Annual report of the Civil Veterinary Department, Bengal, and of the Bengal Veterinary College for the year 1904-1905 - 1904-1905
Year: 1904
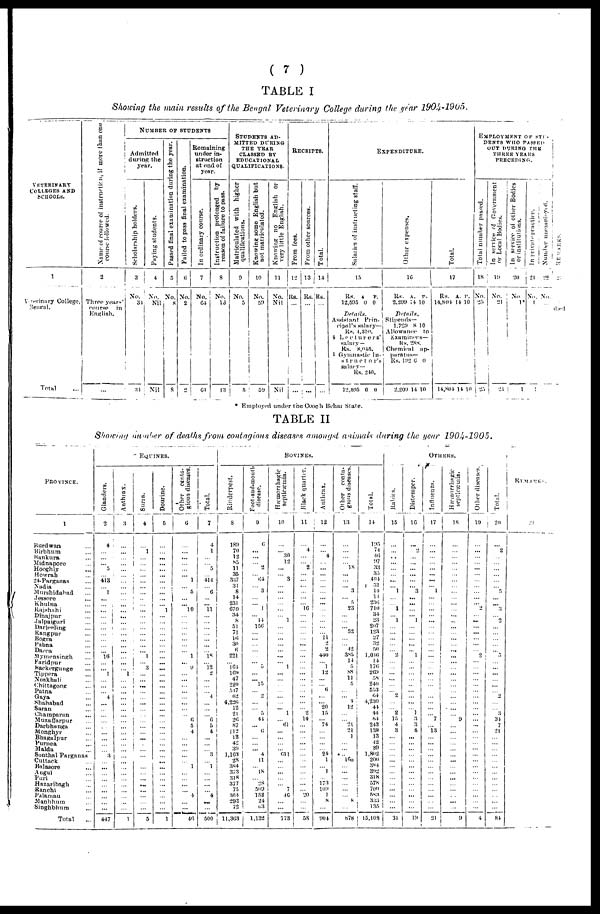
(
7
)
TABLE
I
Showing
the main results
of the Bengal
Veterinary
College
during the year 1904-1905.
VETERINARY
COLLEGES AND
SCHOOLS.
1
Veterinary College,
Sengal.
Total ...
Name of course of instruction,
if more than one
course followed.
2
Three years'
course in
English.
...
NUMBER OF STUDENTS
Admitted
during the
year.
Scholarship holders.
3
No.
34
34
Paying students.
4
No.
Nil
Nil
Passed final examination during the year.
5
No
8
8
Failed to pass final examination.
6
No,
2
2
Remaining
under in-
struction
at end of
year.
In ordinary course.
7
No.
64
64
Instruction prolonged by
reason of failure to pass.
8
No.
13
13
STUDENTS ADMITTED DURING
THE YEAR
CLASSED BY
EDUCATIONAL
QUALIFICATIONS.
Matriculated with higher
qualifications.
0
No.
5
5
Knowing some English but
not matriculated.
10
No.
59
59
Knowing no English or
very little English.
11
No.
Nil
Nil
RECEIPTS.
From fees.
12
Rs.
...
...
From other sources.
13
Rs.
...
...
Total.
14
Rs.
...
...
EXPENDITURE.
Salaries of instructing staff.
15
RS. A. P.
12,595 0 0
Details.
Assistant Prin-
cipal's salary—
Rs. 4,310.
4 Lecturers'
salary—
Rs. 8,045.
1 Gynmastic In-
structor's
salary—
Rs. 240.
12,595 0 0
Other expenses.
1G
RS. A. P.
2,209 14 10
Details.
Stipends—
1,729 8 10
Allowance to
Examiners—
Rs. 288.
Chemical ap-
paratus—
Rs. 192 6 0
2,209 14 10
Total.
17
RS. A. P.
14,804 14 10
14,804 14 10
EMPLOYMENT OF STU-
DENTS WHO PASSED
OUT DURING TUB
THREE YEARS
PRECEDING.
Total number passed.
18
No.
25
25
In service of Government
or Local Bodies.
19
No.
21
21
In service of other Bodies
or institutions.
20
No
1*
1
In private practice.
21
No.
1
1
Number unemployed.
22
No
...
REMARKS.
23
died
* Employed under the Cooch Behar State.
TABLE
II
Showing
number
of deaths from
contagious
diseases
amongst
animals
daring
the
year
1904-1905.
PROVINCE.
1
Burdwan ...
Birbhum ...
Bankura ...
Midnapore ...
Hooghly
...
Howrah ...
24-Parganas ...
Nadia ...
Murshidabad ...
Jessore ...
Khulna ...
Rajshahi ...
Dinajpur ...
Jalpaiguri ...
Darjeeling ...
Rangpur ...
Bogra ...
Pabna ...
Dacca ...
Mymensingh ...
Faridpur ...
Backergunge ...
Tippera ...
Noakhali ...
Chittagong ...
Patna ...
Gaya ...
Shahabad ...
Saran ...
Champaran ...
Muzaffarpur ...
Darbhanga ...
Monghyr ...
Bhagalpur ...
Purnea ...
Malda ...
Sonthal Parganas
Cuttack ...
Balasore ...
Angul ...
Puri ...
Hazaribagh ...
Ranchi ...
Palamau ...
Manbhum ...
Singhbhum ...
Total ...
EQU
INES.
Glanders.
2
4
...
...
... 5
... 413
... 1
...
... ...
...
...
...
...
...
...
... 16
...
... 1
...
...
... 4
...
...
...
...
...
...
...
...
... 3
...
...
...
...
...
...
...
...
...
447
Anthrax.
3
...
...
...
...
...
...
...
...
...
...
... ...
...
...
...
...
...
...
...
...
... 1
...
...
...
...
...
...
...
... ...
...
...
...
... ...
...
...
...
...
...
...
...
...
...
1
Surra.
4
...
1
... ...
...
...
... ...
...
...
...
...
...
...
...
...
...
...
... 1
... 3
... ...
...
...
... ...
...
...
... ...
...
... .
...
...
...
...
...
... ...
...
...
...
...
5
Dourine.
5
...
...
...
...
...
...
...
...
...
...
... 1
...
...
...
...
...
...
...
...
...
...
...
...
...
... ...
...
...
...
...
...
...
...
...
...
...
...
...
...
...
...
...
...
...
...
1
Other centa-
gious diseases.
6
...
... ...
...
...
... 1
... 5
...
... 10
...
...
...
...
...
...
... 1
... 9
...
...
...
... ...
...
...
... 6
5
4
...
...
...
...
... 1
...
...
...
... 4
...
...
46
Total.
7
4
1
...
... 5
... 414
... 6
...
... 11
...
...
...
...
...
...
... 18
... 12
2
...
...
... 4
...
...
... 6
5
4
...
...
... 3
... 1
...
...
...
... 4
...
...
500
BOVINES.
Rinderpest.
8
180
70
12
85
11
35
337
31
8
14
231
070
34
8
51
71
16
30
6
221
... 164
169
47
220
547
62
4,220
12
21
20
87
112
12
42
39
1,163
28
384
373
318
377
75
364
293
72
11,363
Foot-and-mouth
disease.
9
6
...
...
... 2
... 64
... 3
...
... 1
... 14
150
...
...
...
...
...
... 5
...
... 15
... 2
...
... 5
44
... 0
...
...
... 4
11
... 18
... 28
509
152
24
63
1,132
Hæmorrhagic
septicæmia.
10
...
... 30
12
...
... 3
...
...
...
...
...
... 1
...
...
...
...
... ...
... 1
...
...
...
... ...
...
... 1
... 61
...
...
...
... 611
...
...
...
...
... 7
46
...
...
773
Black quarter.
11
...
4
...
... 2
...
...
...
...
...
... 16
...
...
...
...
... ...
...
...
...
...
...
...
...
...
...
...
... 2
14
...
...
...
...
...
...
...
...
...
...
...
... 20
...
...
58
Anthrax.
12
...
... 4
...
... ...
...
...
...
...
...
...
...
...
...
... 11
... 2
440
... 1
12
...
...
6
...
... 20
15
... 74
...
...
...
... 24
1
... 1
... 173
109
1
8
...
904
Other conta-
gious diseases.
13
...
...
...
... 18
...
...
... 3
... 5
23
...
...
...
...
...
... 42
385
14
5
88
11
...
... ...
4
12
...
... 21
21
1
...
... ..
160
...
...
...
... ...
...
8
...
878
OTHERS.
Total.
14
195
74
46
97
33
35
404
31
14
14
230
710
34
23
207
123
27
32
50
1,046
14
176
269
58
240
553
04
4,230
44
44
84
243
139
13
42
39
1,802
200
384
392
318
578
700
583
333
135
15,108
Rabies.
15
...
... ..
...
...
...
...
... 1
...
... 1
... 1
...
...
...
...
... 2
...
...
...
...
...
... ...
...
... 2
15
4
3
...
...
...
...
...
...
...
...
...
...
...
...
...
31
Distemper.
16
1
2
...
...
...
...
...
... 3
...
...
...
... 1
...
...
...
...
... 1
...
...
...
...
...
... ...
...
... 1
3
3
5
...
...
...
...
...
...
...
...
...
... ...
...
...
19
Influenza.
17
...
...
...
... ...
...
...
...
1
...
... ...
...
...
...
...
...
... ...
...
...
... ...
...
...
... ...
...
...
...
7
...
13
...
...
...
...
...
...
...
... ...
...
...
... ...
21
Hæmorrhagic
septicæmia.
18
...
...
...
...
...
...
...
...
...
...
...
...
...
...
... ...
...
...
...
...
...
...
...
...
...
... ...
...
...
... 9
...
...
...
...
...
...
...
...
...
...
...
...
...
...
...
9
Other diseases.
19
...
...
...
...
...
...
...
...
...
...
...
...
... ...
...
...
...
...
... 2
...
...
...
...
...
... ...
...
...
...
...
...
...
...
...
...
...
...
...
...
...
...
...
...
...
...
4
Total.
20
...
2
...
...
...
...
...
... 5
... ...
3
... 2
...
...
...
...
... 5
...
...
...
...
...
... 2
...
... 3
34
7
21
...
...
...
...
...
...
...
...
...
...
...
...
...
84
REMARKS.
21